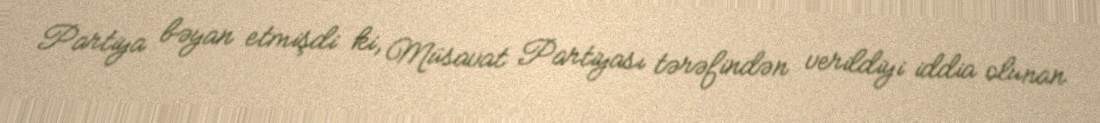
Partiya bəyan etmişdi ki, Müsavat Partiyası tərəfindən verildiyi iddia olunan